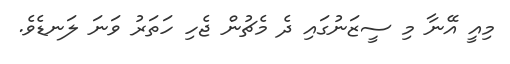
މިއީ އޭނާ މި ސީޒަނުގައި ދެ މެޗުން ޖެހި ހަތަރު ވަނަ ލަނޑެވެ.